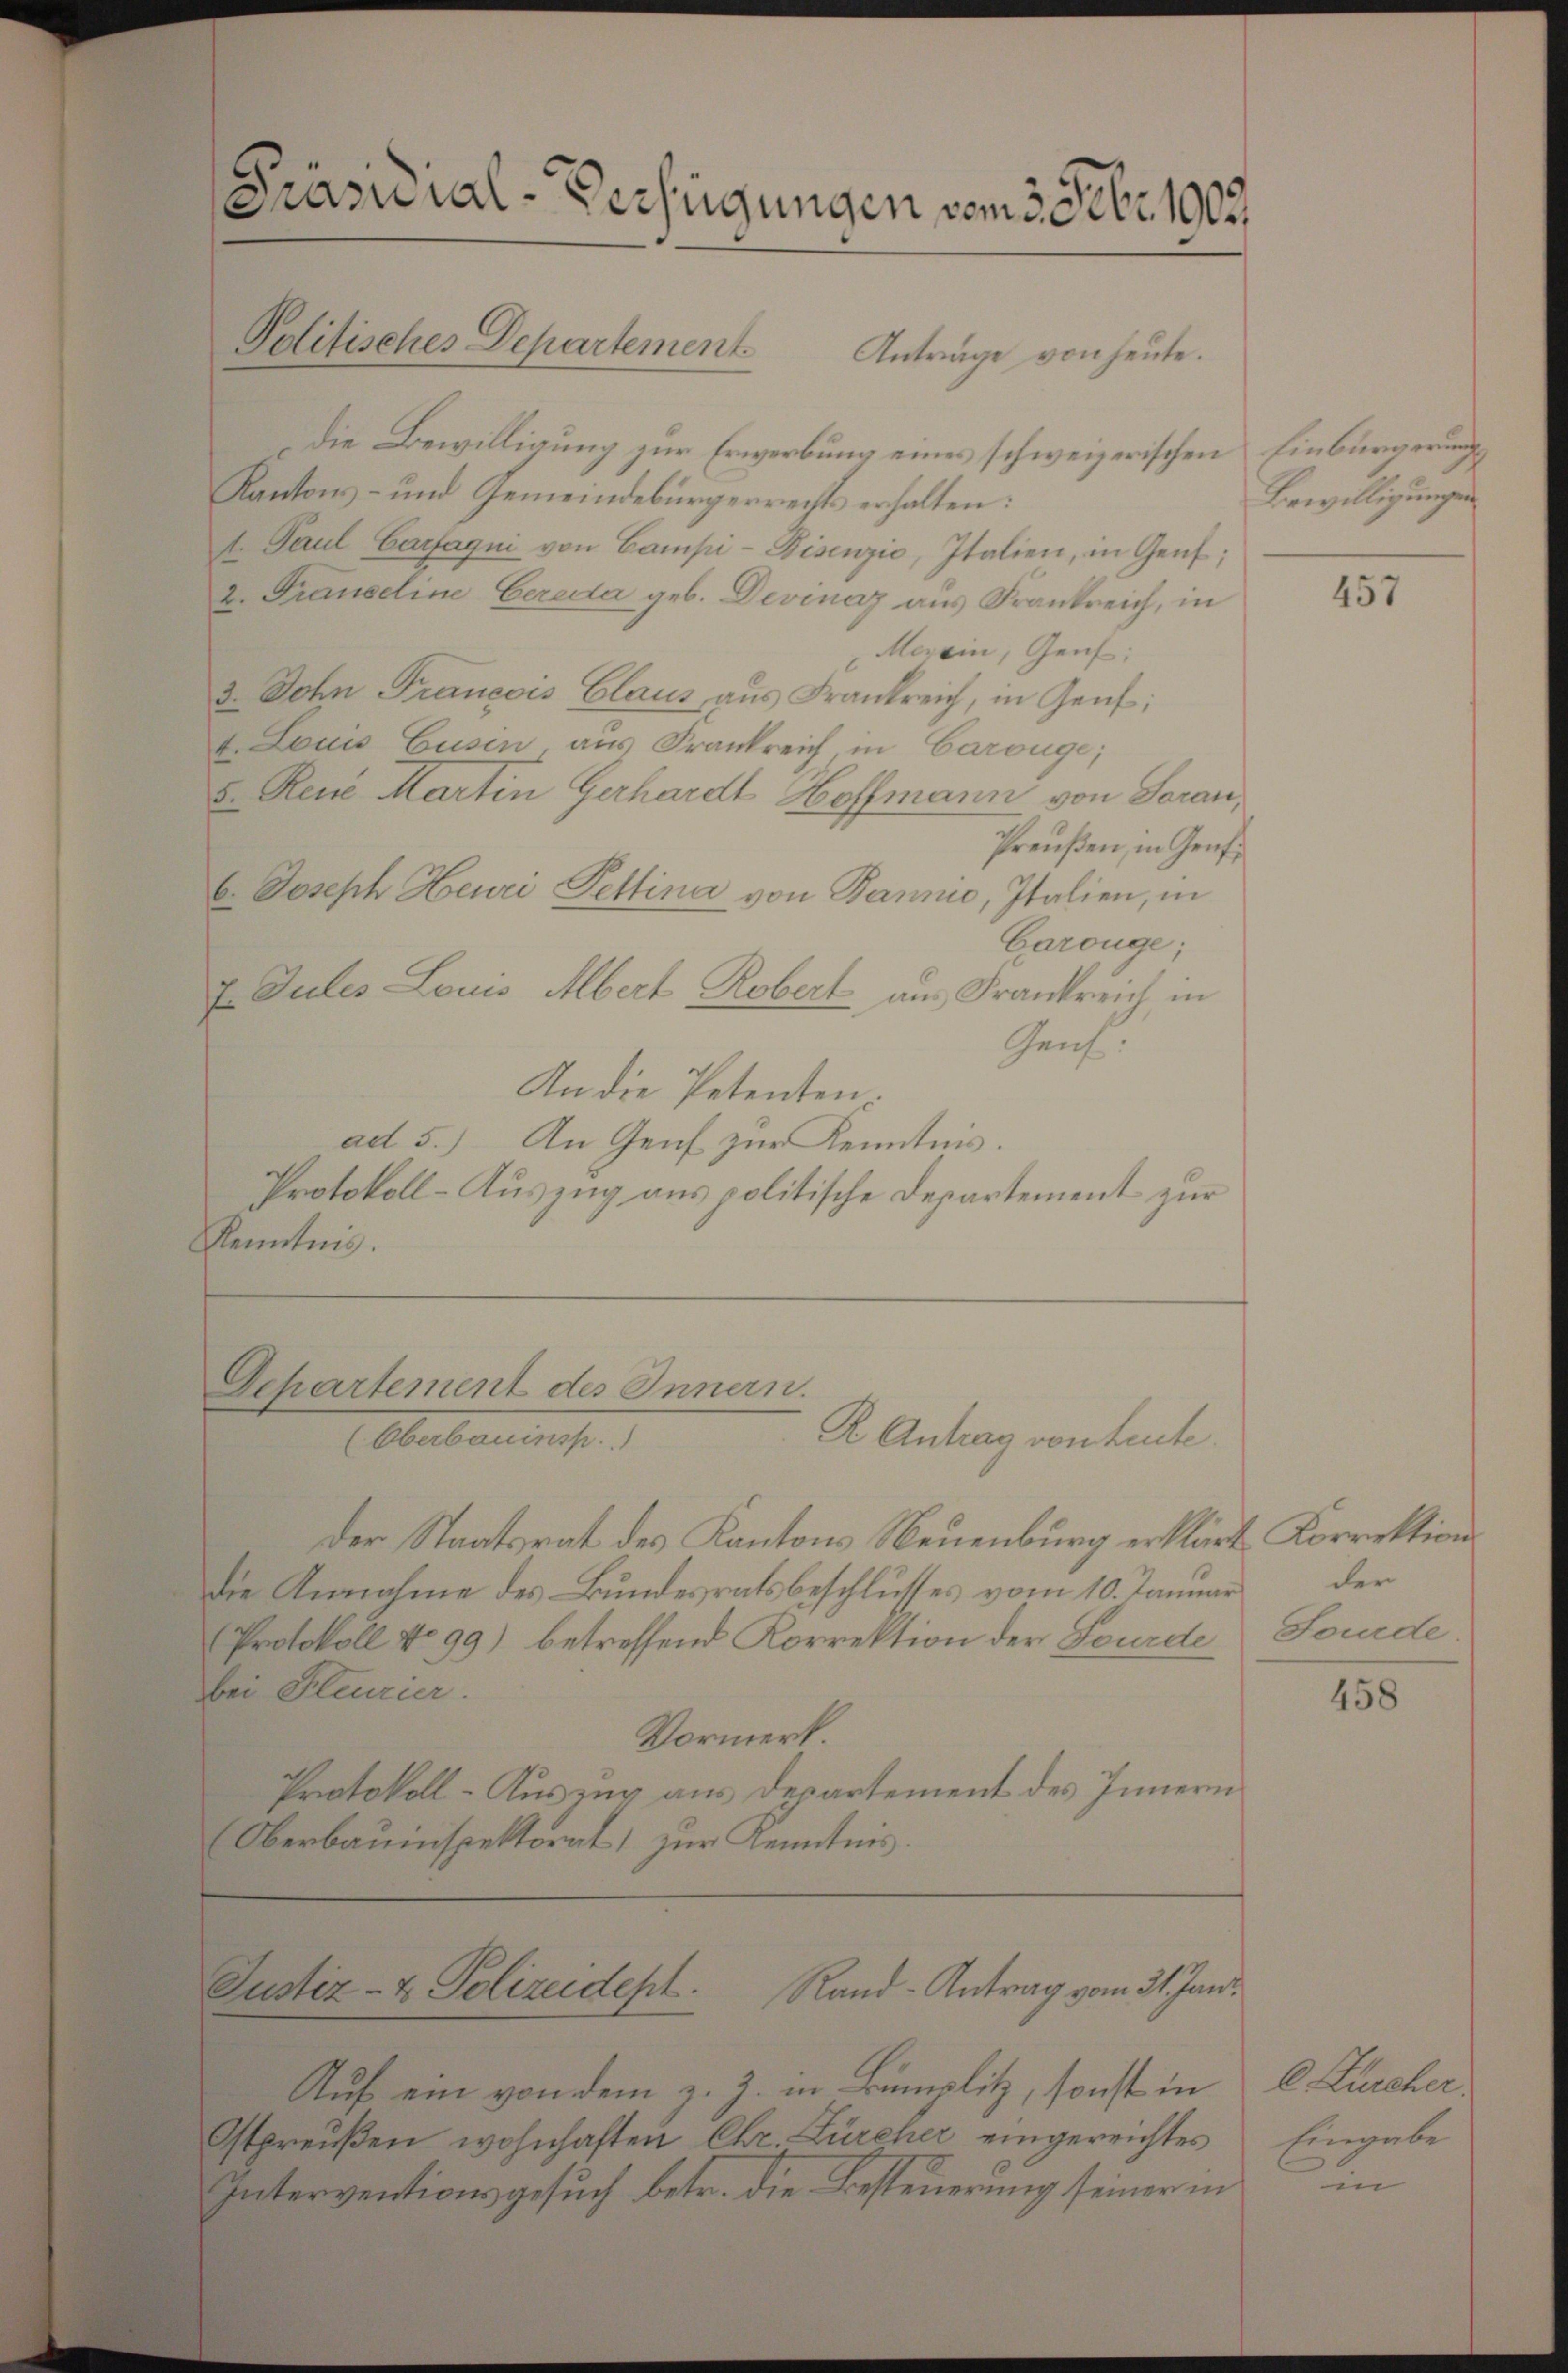
Pränuial-Verfügungen vom 3. Febr. 1903.

Anträge von heute.
Die Bewilligung zur Erwerbung eines schweizerischen Einbürgerungs¬
Kantons- und Gemeindebürgerrechts erhalten:
t. Paul Carfagni von Campi-Disenzić, Italien, in Genf;
2. Transeline Cereda geb. Devinaz aus Frankreich, in
Meran, Genf;
z. John Francois Claus aus Frankreich, in Genf;
t. Louis Gusen, aus Frankreich in Carouge;
5. Reue Martin Gerhardt Hoffmann von Saran,
Preußen, in Genfe
b. Joseph Heuri Pettina von Bannio, Italien, in
Garouge;
E. Julis Louis Albert Robert, aus Frankreich in
Genf
An die Petenten.
ad 5.) An Genf zur Kenntnis.
Protokoll-Auszug aus politische Departement zur
Kenntnis.

Politisches Departement.

Departement des Innern.
R Antrag von heute.
(Oberbauinsp

der Staatsrat des Kantons Neuenburg erklärt Korrektion
Die Annahme des Bundesratsbeschlusses vom 10. Januar
Protokoll No 99) betreffend Korrektion der Sourde
bei Heurier.
Vormerk
Protokoll-Auszug aus Departement des Innern
Oberbauinspektorat) zur Kenntnis.

Justiz- & Polizeidept.
Rand-Antrag vom 31. Jani

Auf ein von dem z. Z. in Bümplitz, sonst in
Ostpreußen wohnhaften Chr. Zürcher eingereichtes
Interventionsgesŭch betr. die Besteŭerŭng seiner in

Bewilligungen

457

der
Fourde.

458

l Zürcher.
Eingabe

in